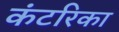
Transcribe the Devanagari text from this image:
कंटरिका